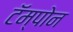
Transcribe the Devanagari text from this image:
टॅम्पोन